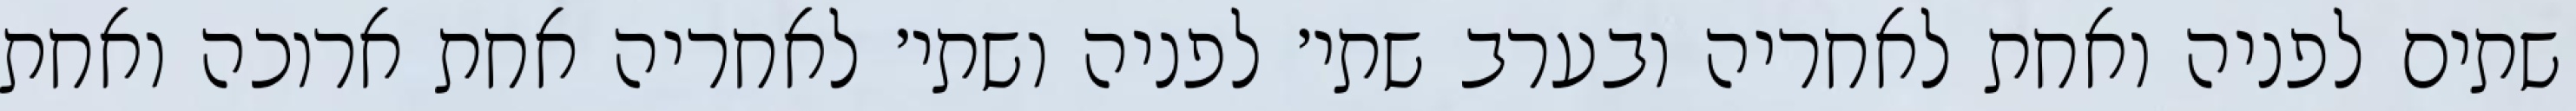
שתים לפניה ואחת לאחריה ובערב שתי׳ לפניה ושתי׳ לאחריה אחת ארוכה ואחת